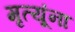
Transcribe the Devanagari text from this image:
मृत्यूंना